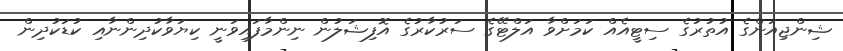
ޝިންޖިއަންގެ އުތުރުގެ ސިޓީއެއް ކަމަށްވާ އަލްޓޭގެ ސަރުކާރުގެ އޮފިޝަލުން ނިންމާފައިވަނީ ކިޔަވާކުދިންނާއި ކުޑަކުދިން